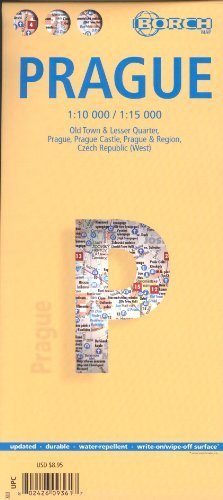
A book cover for Prague 1:10 000 / 1:15 000 Street Map, laminated BORCH; Borch; Travel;